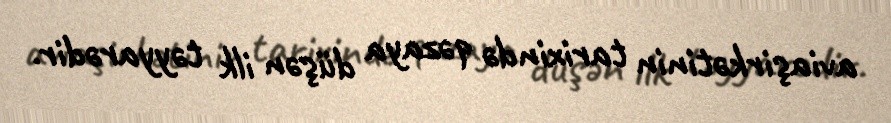
aviaşirkətinin tarixində qəzaya düşən ilk təyyarədir.